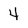
Character: 4